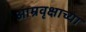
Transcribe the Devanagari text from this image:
आम्रवृक्षाच्या